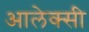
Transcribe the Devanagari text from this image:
आलेक्सी